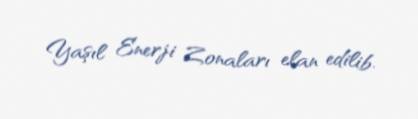
Yaşıl Enerji Zonaları elan edilib.